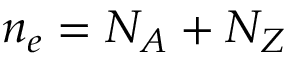
n _ { e } = N _ { A } + N _ { Z }